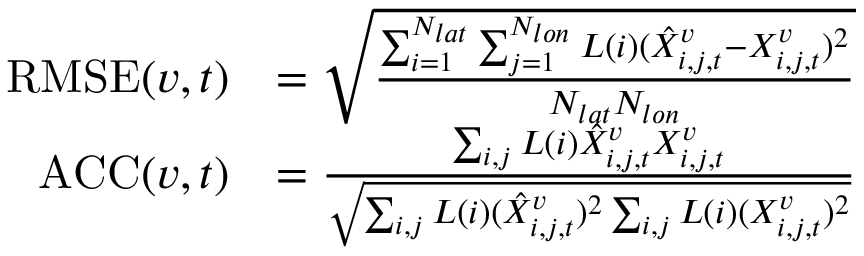
\begin{array} { r l } { \mathrm { R M S E } ( v , t ) } & { = \sqrt { \frac { \sum _ { i = 1 } ^ { N _ { l a t } } \sum _ { j = 1 } ^ { N _ { l o n } } L ( i ) ( \hat { X } _ { i , j , t } ^ { v } - X _ { i , j , t } ^ { v } ) ^ { 2 } } { N _ { l a t } N _ { l o n } } } } \\ { \mathrm { A C C } ( v , t ) } & { = \frac { \sum _ { i , j } L ( i ) \hat { X } _ { i , j , t } ^ { v } X _ { i , j , t } ^ { v } } { \sqrt { \sum _ { i , j } L ( i ) ( \hat { X } _ { i , j , t } ^ { v } ) ^ { 2 } \sum _ { i , j } L ( i ) ( X _ { i , j , t } ^ { v } ) ^ { 2 } } } } \end{array}